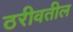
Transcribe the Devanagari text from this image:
ठरीवतील